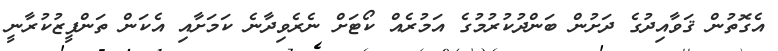
އެގޮތުން ޤަވާއިދުގެ ދަށުން ބަންދުކުރުމުގެ އަމުރެއް ކޯޓަށް ނެރެވިދާނެ ކަމަށާއި އެކަން ތަންފީޒުކުރާނީ